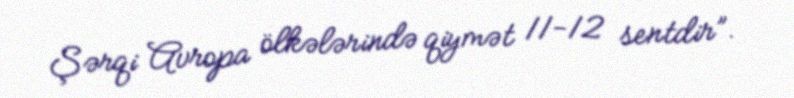
Şərqi Avropa ölkələrində qiymət 11-12 sentdir”.